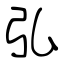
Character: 弘